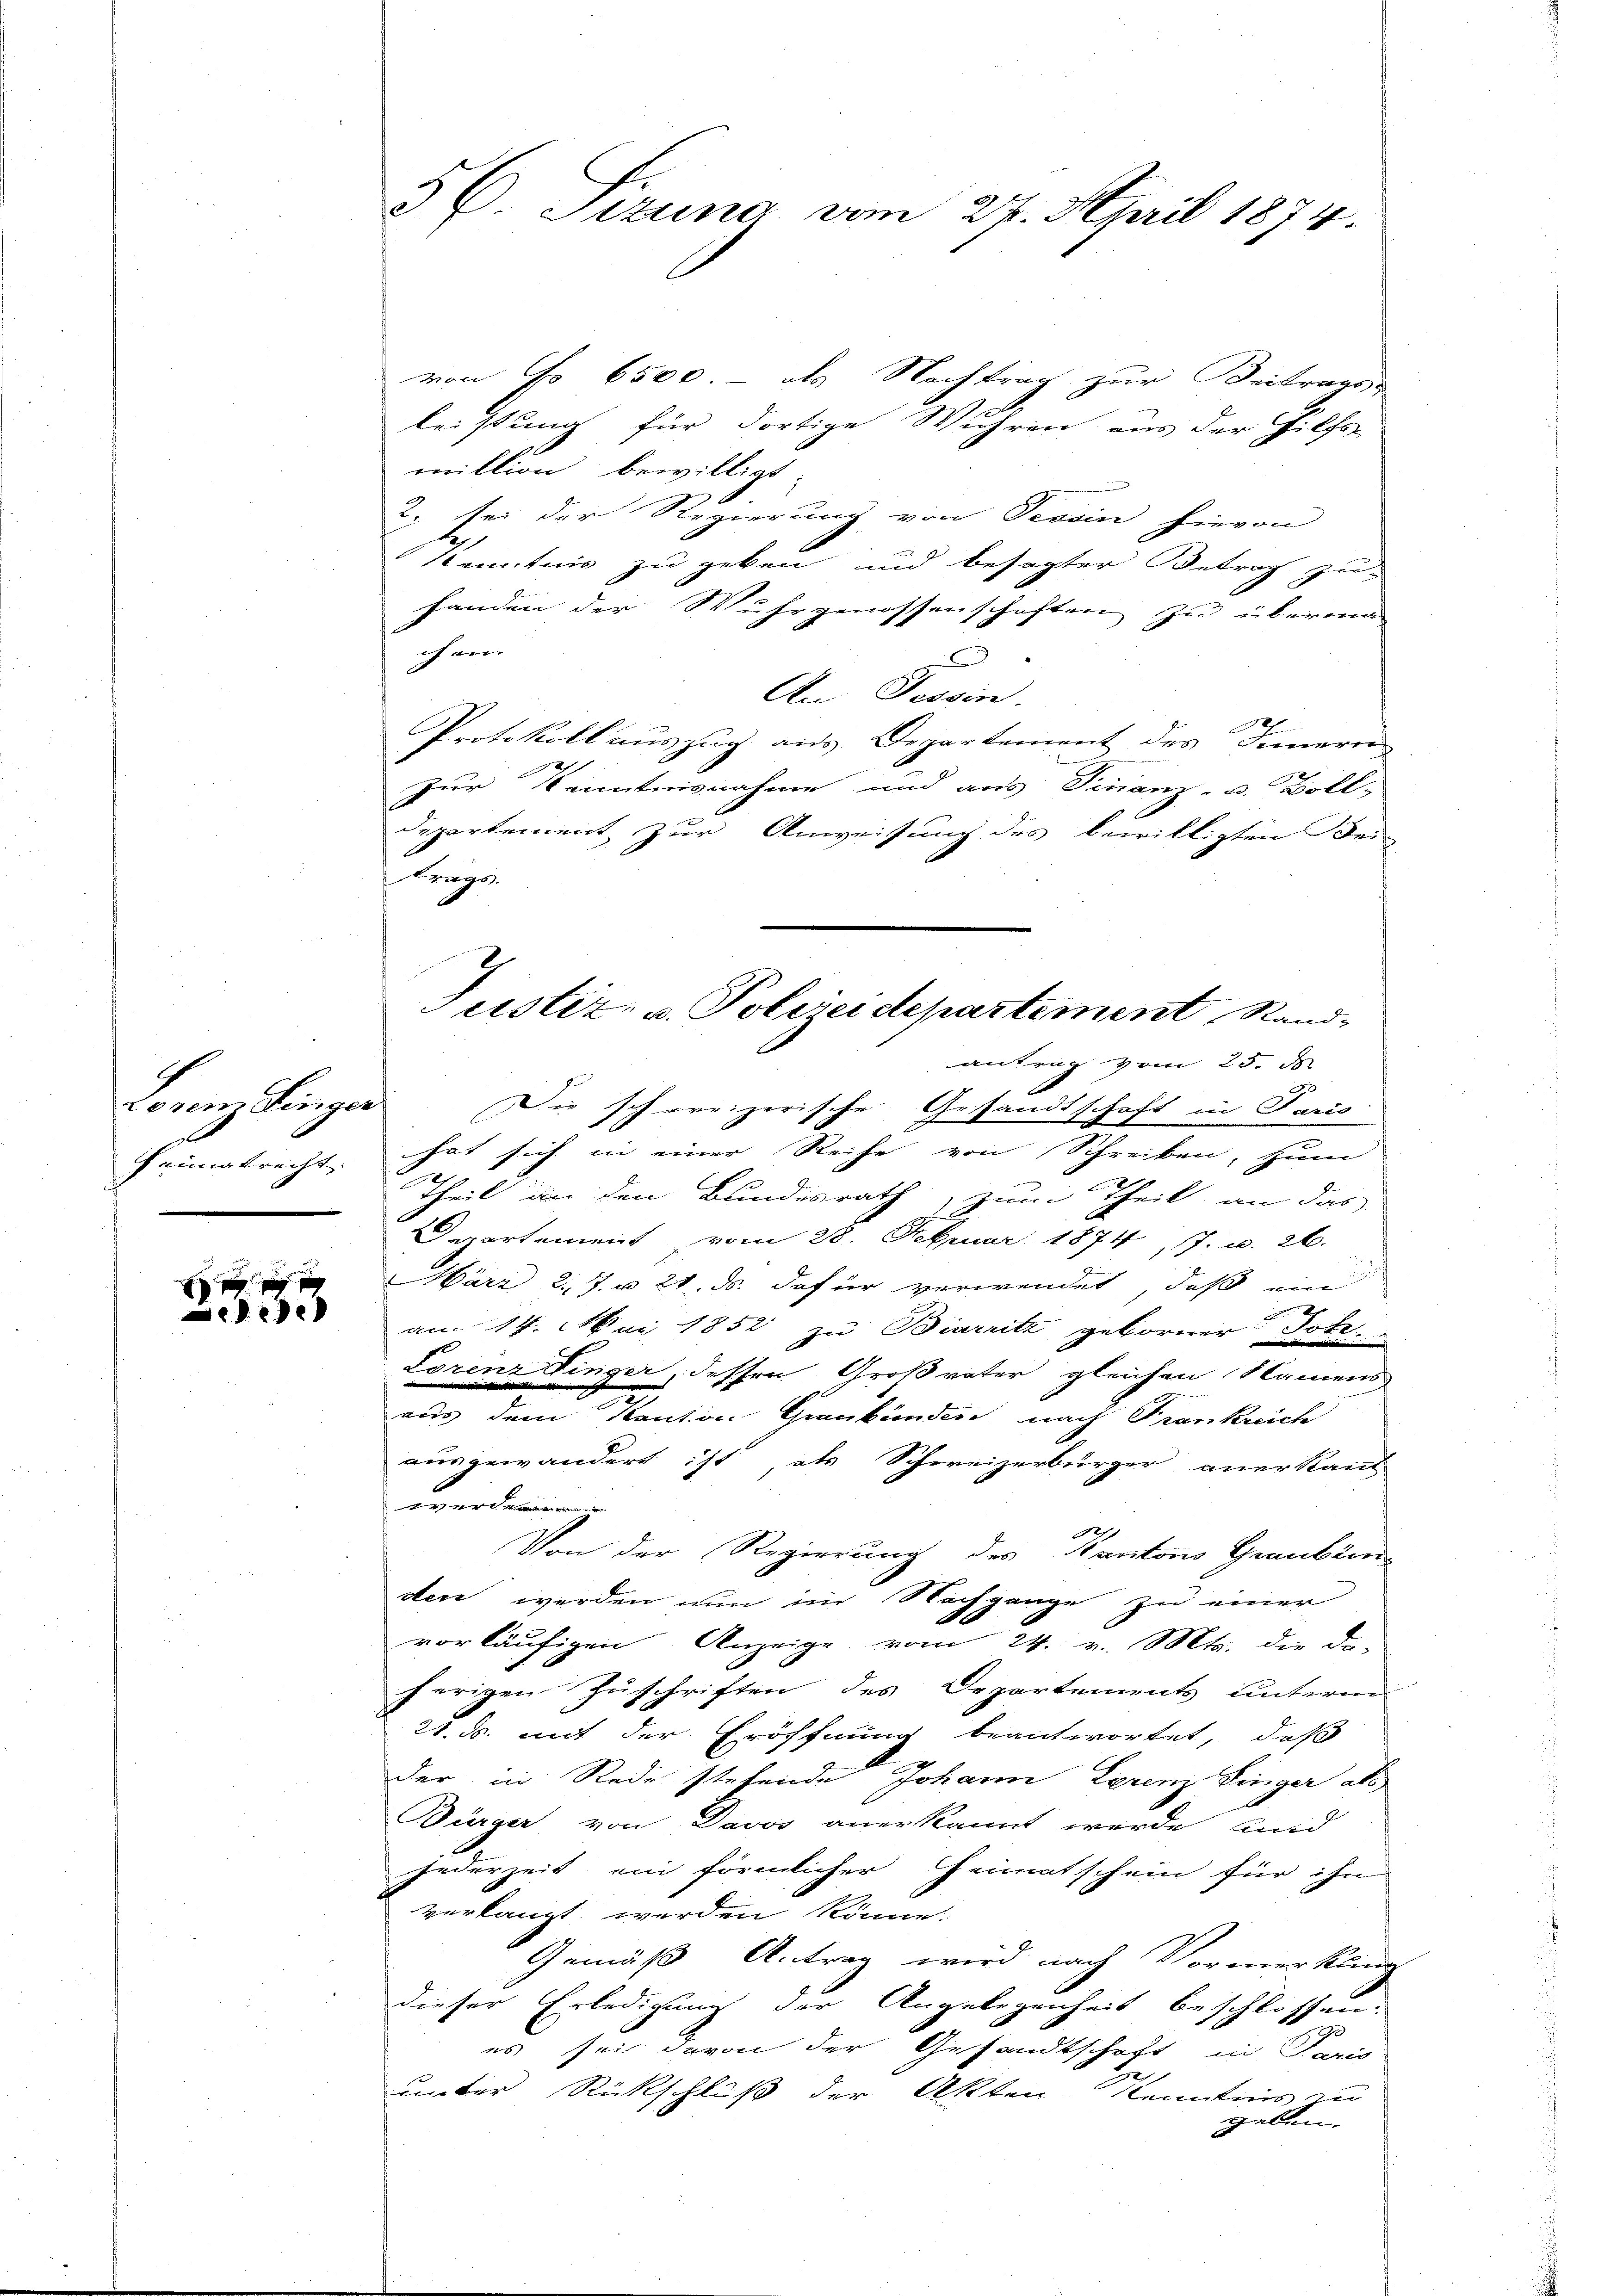
Lorem Singer
feinigtrecht. |

,

5 C. Sizung vom 27. April 1874.

von Fr. 6500.- als Nachtrag zur Beitrages
leistung für dortige Wuhren aus der Hilfs-
miktion bewilligt:
2. sei der Regierung von Tessin hievon
1
Kenntnis zu geben und besagter Betrag zu-
fanden der Wuhrgenossenschaften zu übermachen |
An Tessin.
2
Protokoll auszug aus Departement des Innern
zur Kenntnisnahme und aus Finanz- u. Boll-
departement zur Anweisung des bewilligten Beitrags.
antrag vom 25. ds.
Die schreizerische Gesandtschaft in Paris
hat sich in einer Reihe von Schreiben, zum
2
theil an den Bundesrath, zum Theil an das
Departement, vom 28. Februar 1874, 7. u. 26.
März 27. u 21. ds. dafür verwendet, daß ein

an 14. Mai 1852 zu Biarritz geborner Joh.
Lorenz Finger, dessen Großvater gleichen Namens
aus dem Kanton Graubünden nach Frankreich
ausgewandert ist als Schweizerbürger anerkannt
r
e
d
Von der Regierung des Kanton Granbien
den werden nun im Nachgange zu einer
vorläufigen Anzeige vom 24. v. Mts. die da-
herigen Zuschriften des Departements unterm
21. ds. mit der Eröffnung beantwortet, daß
der in Rede stehende Johann Lorenz Singer als
Bürger von Davos anerkannt werde, und
jederzeit ein förmlicher Heimatschein für ihn
verlangt werden könne.
Gemäß Antrag wird nach Vormerkling
dieser Erledigung der Angelegenheit beschlossen:
es sei davon der Gesandtschaft in
unter Rückschluß der Akten Kenntnis z
geben.

2
Justiz- u. Polizeidepartement, Rand-